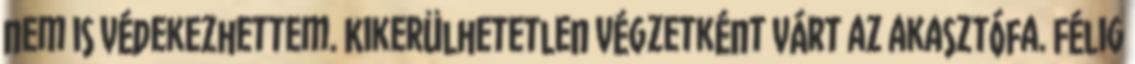
nem is védekezhettem. Kikerülhetetlen végzetként várt az akasztófa. Félig